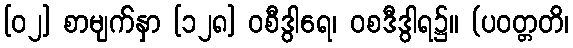
[၀၂] စာမျက်နှာ [၁၂၈] ဝစီဒွါရေ၊ ဝစဒီဒွါရ၌။ (ပဝတ္တတိ၊